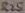
Text: R25